Report of the Municipal Commissioner on the plague in Bombay for the year ending 31st May... - Volume 2
Disease focus: Plague
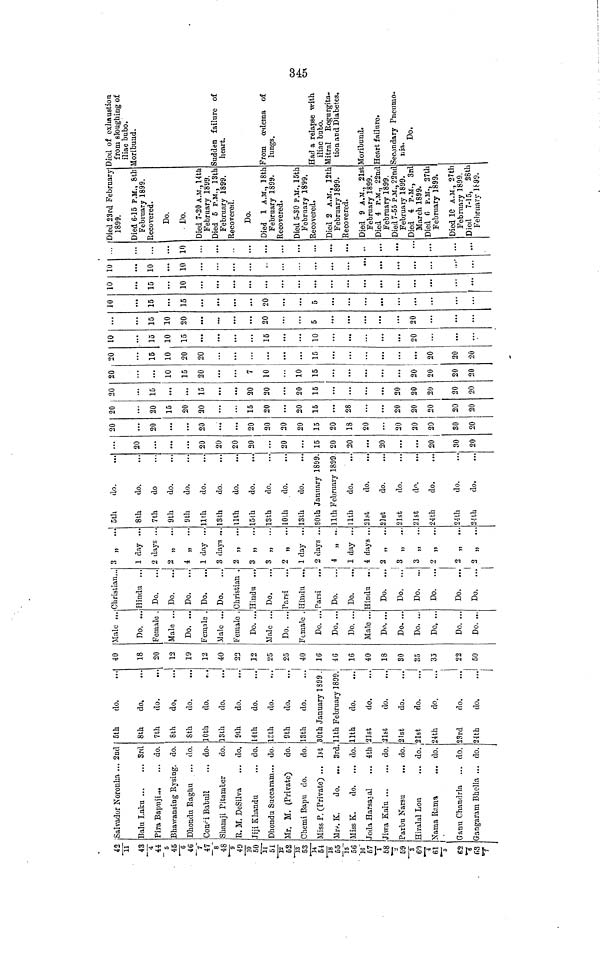
11
45/ 4
44
5
45/6
46
7
47
8
48/9
49/10
50/11
51/12
52/13
53/14
54/18
55/15
56/16
57
1
58
2 59/3
60/4
61/5
62/6
63/7
Salvador Noronha ... 2nd
Balu Laku
3rd
Pira Bapuji...
... do.
Bhawansing Rysing. do.
Dhondu Raghu ... do.
Condi Babull
... do.
Shamji Pitamber
do.
R. M. DeSilva
... do.
Jiji Khandu
... do.
Dhondu Succaram... do.
Mr. M. (Private)
do.
Chemi Bapu do.
do.
Miss P. (Private) ... 1st
Mrs. K.
do. ... 3rd.
Miss K.
do. ... do.
Joda Harsayal ... 4th
Jiwa Kalu
do.
Parbu Narsu
... do.
Hiralal Lon
... do.
Nama
Rama
... do.
Ganu Chandria ... do. 5
Gangaram Bholla ... do.
5th
do.
8th
do.
7th
do.
8th
do.
8th
do.
10th
do.
13th
do.
9th
do.
14th
do.
13th
do.
9th
do.
13th
do.
30th January 1899.
11th February 1899.
11th
do.
21st
do.
...
21st
do.
21st
do.
..
21st
do.
...
24th
do.
23rd
do.
24th
do.
40
18
20
12
19
12
40
22
12
25
25
40
16
46
16
40
18
30
35
33
22
50
Male ...
Do. ..
Female
Male ..
Do. ...
Female .
Male ...
Female .
Do. ...
Male ...
Do. ...
Female .
Do. ...
Do. ...
Do. ...
Male ...
Do. ...
Do. ...
Do. ...
Do, ...
Do. ...
Do. ...
Christian,.
Hindu ...
Do.
...
Do.
Do.
Do.
Do.
Christian .
Hindu ...
Do.
Parsi
...
Hindu ...
Parsi
Do.
...
Do.
...
Hindu ...
Do.
...
Do.
...
Do.
...
Do.
...
Do.
...
Do.
...
3 „ ...
1 day ...
2 days ...
2 „
...
4 „
...
1 day ...
3 days ,..
2 „ ...
3 „ ...
3 ,, ...
2 „ ...
1 day ...
2 days ...
4 „ ...
1 day ...
4 days ...
2 „ ...
3 „ ...
3 „ ...
2 ,, ...
2 ,, ...
2 „
...
5th
do.
8th
do.
7th
do
9th
do.
9th
do.
11th
do.
13th
do.
11th
do.
15th
do.
13th
do.
10 th
do.
13th
do.
30th January 1899.
11th February 1899
11th
do.
21st
do.
21st
do.
21st
do.
21st
do.
24th
do.
24th
do.
24th
do.
...
20
...
...
20
20
20
20
...
20
...
15
20
20
...
20
...
...
20
30
20
20
20
...
...
20
20
20
20
20
15
20
18
20
20
20
20
30
20
20
20
15
20
20
15
20
20
15
28
20
20
20
20
20
20
15
...
...
15
20
20
20
15
20
20
20
20
20
20
...
10
15
20
7
10
10
15
20!
20
20
20
20
15
10
20
20
...
15
...
20
20
20
10
15
10
15
15
10
20
...
15
10
20
20
5
...
20
10
15
15
20
5
10
15
10
...
...
10
10
10
...
...
10
...
...
Died 23rd February
1899.
Died 6-15 P.M., 8th
February 1899.
Recovered.
Do.
Do.
Died 7-20 A.M., 14th
February 1899.
Died 5 P.M., 13th
February 1899.
Recovered.
Do.
Died 1 A.M., 18th
February 1899.
Recovered.
Died 5-30 P.M., 15th
February 1899.
Recovered.
Died 2 A.M., 12th
February 1899.
Recovered.
Died 9 A.M., 21st
February 1899.
Died 4 P.M., 22nd
February 1899.
Died 7-55 P.M., 22nd
February 1899.
Died 4 P.M., 3rd
March 1899.
Died 6 P.M., 27th
February 1899.
Died 10 A.M., 27th
February 1899.
Died 7-15, 28th
February 1899.
Died of exhaustion
from sloughing of
iliac bubo.
Moribund.
Sudden failure of
heart.
From œdema of
lungs.
Had a relapse with
iliac bubo.
Mitral Regurgita-
tion and Diabetes.
Moribund.
Heart failure.
Secondary Pneumo-
nia.
Do.
345